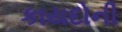
કાયદોની